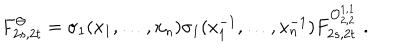
F _ { 2 s , 2 t } ^ { \Theta } = \sigma _ { 1 } ( x _ { 1 } , \ldots , x _ { n } ) \sigma _ { 1 } ( x _ { 1 } ^ { - 1 } , \ldots , x _ { n } ^ { - 1 } ) F _ { 2 s , 2 t } ^ { { \cal O } _ { 2 , 2 } ^ { 1 , 1 } } \, \, .